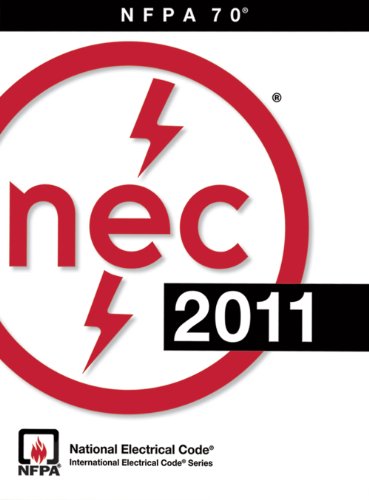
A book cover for NFPA 70Â®: National Electrical CodeÂ® (NECÂ®), 2011 Edition; (NFPA) National Fire Protection Association; Engineering & Transportation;